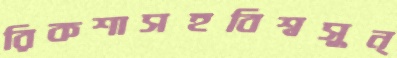
রিকশাসহবিশ্বসুন্